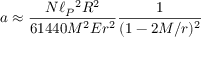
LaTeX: a \approx { \frac { N \ell _ { P } { } ^ { 2 } R ^ { 2 } } { 6 1 4 4 0 M ^ { 2 } E r ^ { 2 } } } { \frac { 1 } { ( 1 - 2 M / r ) ^ { 2 } } }